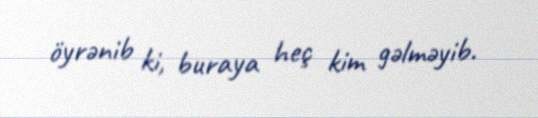
öyrənib ki, buraya heç kim gəlməyib.